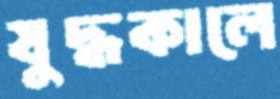
যুদ্ধকালে